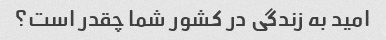
امید به زندگی در کشور شما چقدر است؟